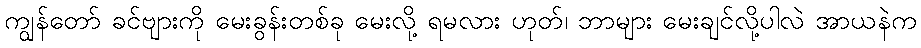
ကျွန်တော် ခင်ဗျားကို မေးခွန်းတစ်ခု မေးလို့ ရမလား ဟုတ်၊ ဘာများ မေးချင်လို့ပါလဲ အာယနဲက